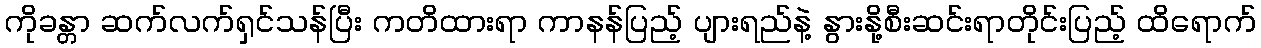
ကိုခန္တာ ဆက်လက်ရှင်သန်ပြီး ကတိထားရာ ကာနန်ပြည့် ပျားရည်နဲ့ နွားနို့စီးဆင်းရာတိုင်းပြည့် ထိရောက်